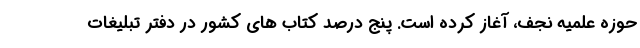
حوزه علمیه نجف، آغاز کرده است. پنج درصد کتاب های کشور در دفتر تبلیغات